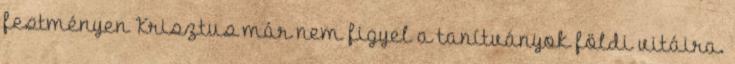
festmé­nyen Krisztus már nem figyel a tanítványok földi vitáira.